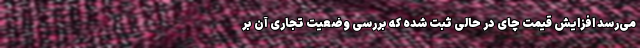
می‌رسد افزایش قیمت چای در حالی ثبت شده که بررسی وضعیت تجاری آن بر